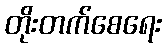
တိုးတက်စေရေး